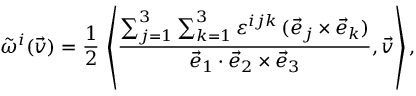
{ \tilde { \omega } } ^ { i } ( { \vec { v } } ) = { \frac { 1 } { 2 } } \, \left\langle { \frac { \sum _ { j = 1 } ^ { 3 } \sum _ { k = 1 } ^ { 3 } \varepsilon ^ { i j k } \, ( { \vec { e } } _ { j } \times { \vec { e } } _ { k } ) } { { \vec { e } } _ { 1 } \cdot { \vec { e } } _ { 2 } \times { \vec { e } } _ { 3 } } } , { \vec { v } } \right\rangle ,